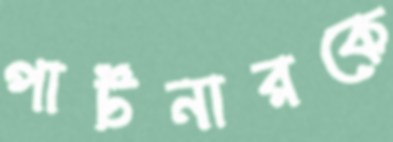
পার্টনারকে